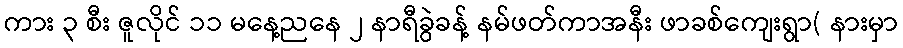
ကား ၃ စီး ဇူလိုင် ၁၁ မနေ့ညနေ ၂ နာရီခွဲခန့် နမ်ဖတ်ကာအနီး ဖာခစ်ကျေးရွာ( နားမှာ